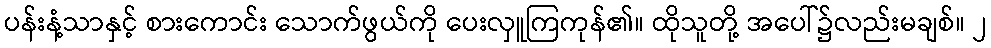
ပန်းနံ့သာနှင့် စားကောင်း သောက်ဖွယ်ကို ပေးလှူကြကုန်၏။ ထိုသူတို့ အပေါ်၌လည်းမချစ်။ ၂